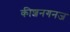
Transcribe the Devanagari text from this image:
कीशनगनज